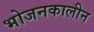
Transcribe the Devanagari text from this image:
भोजनकालीन